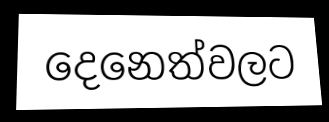
දෙනෙත්වලට